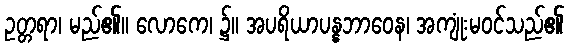
ဥတ္တရာ၊ မည်၏။ လောကေ၊ ၌။ အပရိယာပန္နဘာဝေန၊ အကျုံးမဝင်သည်၏